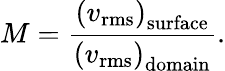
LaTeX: M=\frac{\left(v_{\mathrm{rms}}\right)_{\mathrm{surface}}}{\left(v_{\mathrm{rms}}\right)_{\mathrm{domain}}}.